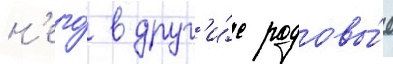
н'его́ в друг'и́е родовы́е